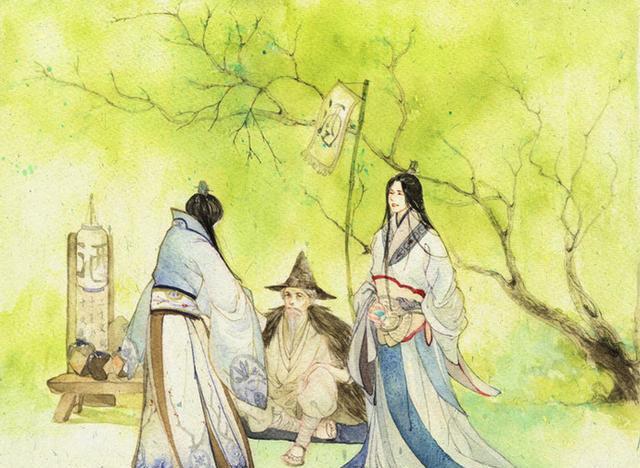
能行之者未必能言，能言之者未必能行。